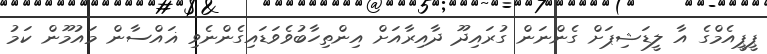
ޕީޕީއެމްގެ އާ ލީޑަޝިޕަށް ގެންނަން ގުރައިދޫ ދާއިރާއަށް އިންތިހާބުވެވަޑައިގެންނެވި ޣައްސާން މައުމޫން ކަމު